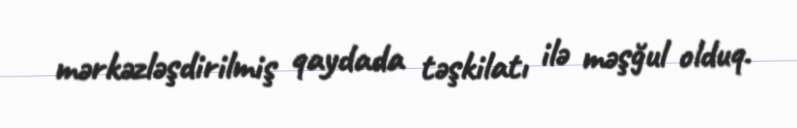
mərkəzləşdirilmiş qaydada təşkilatı ilə məşğul olduq.